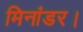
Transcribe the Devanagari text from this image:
मिनांडर।